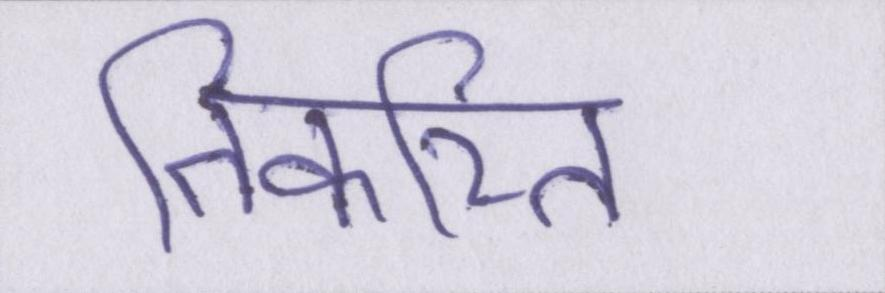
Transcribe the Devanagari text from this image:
तिकरित